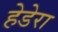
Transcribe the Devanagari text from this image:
हेडेरा